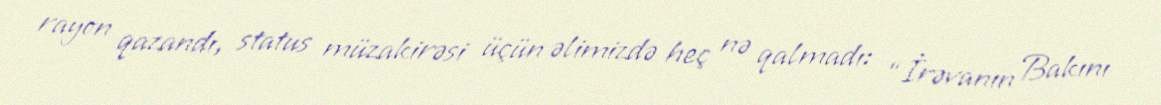
rayon qazandı, status müzakirəsi üçün əlimizdə heç nə qalmadı: “İrəvanın Bakını